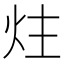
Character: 炷